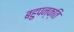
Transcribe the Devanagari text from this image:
बहुपन्क्ति